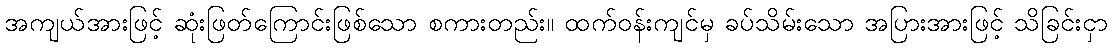
အကျယ်အားဖြင့် ဆုံးဖြတ်ကြောင်းဖြစ်သော စကားတည်း။ ထက်ဝန်းကျင်မှ ခပ်သိမ်းသော အပြားအားဖြင့် သိခြင်းငှာ